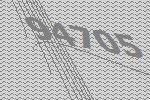
94705